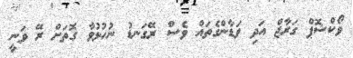
ވޯކްޝޮޕް ގަރާޖް އަދި ވަޑާންގެތައް ވެސް ރޭގަނޑު ނުހުޅުވާ ގޮތަށް ރޭ ވަނީ